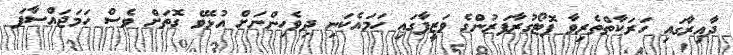
ދާއިރާގައި ހަރަކާތްތެރިވާ ފޮޓޯގުރާފަރުންގެ ވަޒީފާގައި ހަމައެކަނި ދިވެހިންނަަށް އުޅެވޭ ގޮތަށް ވެސް ހަމަޖައްސާފަ